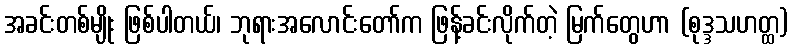
အခင်းတစ်မျိုး ဖြစ်ပါတယ်၊ ဘုရားအလောင်းတော်က ဖြန့်ခင်းလိုက်တဲ့ မြက်တွေဟာ (စုဒ္ဒသဟတ္ထ)